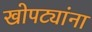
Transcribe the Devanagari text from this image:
खोपट्यांना